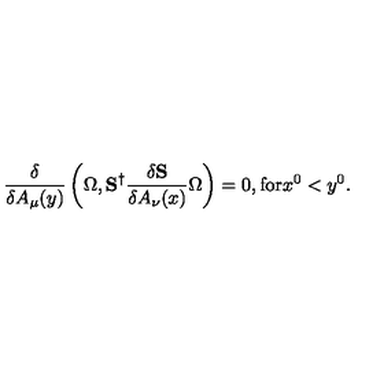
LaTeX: \frac { \delta } { \delta A _ { \mu } ( y ) } \left( \Omega , { \bf S } ^ { \dagger } \frac { \delta { \bf S } } { \delta A _ { \nu } ( x ) } \Omega \right) = 0 , \mathrm { f o r } x ^ { 0 } < y ^ { 0 } .